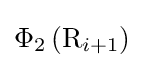
\Phi _{2}\left(\mathrm {R} _{i+1}\right)